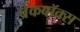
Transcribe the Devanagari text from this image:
चेकबॉक्स